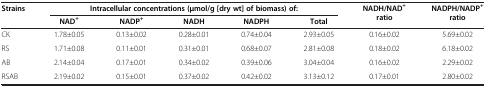
<table><thead><tr><td rowspan="2"><b>Strains</b></td><td colspan="5"><b>Intracellular concentrations (μmol/g [dry wt] of biomass) of:</b></td><td rowspan="2"><b>NADH/NAD<sup>+</sup>ratio</b></td><td rowspan="2"><b>NADPH/NADP<sup>+</sup>ratio</b></td></tr><tr><td><b>NAD<sup>+</sup></b></td><td><b>NADP<sup>+</sup></b></td><td><b>NADH</b></td><td><b>NADPH</b></td><td><b>Total</b></td></tr></thead><tbody><tr><td>CK</td><td>1.78±0.05</td><td>0.13±0.02</td><td>0.28±0.01</td><td>0.74±0.04</td><td>2.93±0.05</td><td>0.16±0.02</td><td>5.69±0.02</td></tr><tr><td>RS</td><td>1.71±0.08</td><td>0.11±0.01</td><td>0.31±0.01</td><td>0.68±0.07</td><td>2.81±0.08</td><td>0.18±0.02</td><td>6.18±0.02</td></tr><tr><td>AB</td><td>2.14±0.04</td><td>0.17±0.01</td><td>0.34±0.02</td><td>0.39±0.06</td><td>3.04±0.04</td><td>0.16±0.02</td><td>2.29±0.02</td></tr><tr><td>RSAB</td><td>2.19±0.02</td><td>0.15±0.01</td><td>0.37±0.02</td><td>0.42±0.02</td><td>3.13±0.12</td><td>0.17±0.01</td><td>2.80±0.02</td></tr></tbody></table>